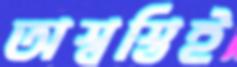
অস্বস্তিই